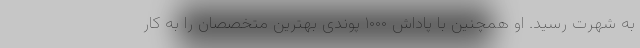
به شهرت رسید. او همچنین با پاداش ۱۰۰۰ پوندی بهترین متخصصان را به کار